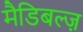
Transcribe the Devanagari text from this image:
मैडिबल्ज़